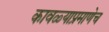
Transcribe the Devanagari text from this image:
कावळ्याप्रमाणेच